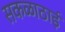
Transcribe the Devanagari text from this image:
सकळाठाई